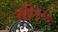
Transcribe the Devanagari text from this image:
सी१७